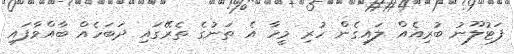
ފަޓުލޫނު ބުރިއެއް ލައިގެން ހުރި މީހާ އެ ތަނުގެ ތެރޭގައި ދަބަހެއް ބާއްވާފައި